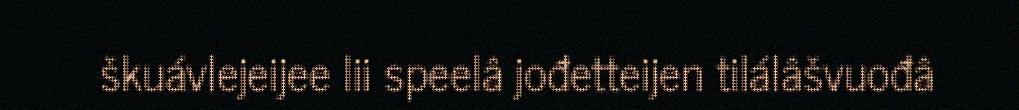
škuávlejeijee lii speelâ jođetteijen tilálâšvuođâ